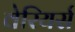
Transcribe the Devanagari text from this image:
वेरियर्स